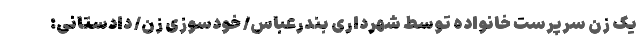
یک زن سرپرست خانواده توسط شهرداری بندرعباس/ خودسوزی زن/ دادستانی: